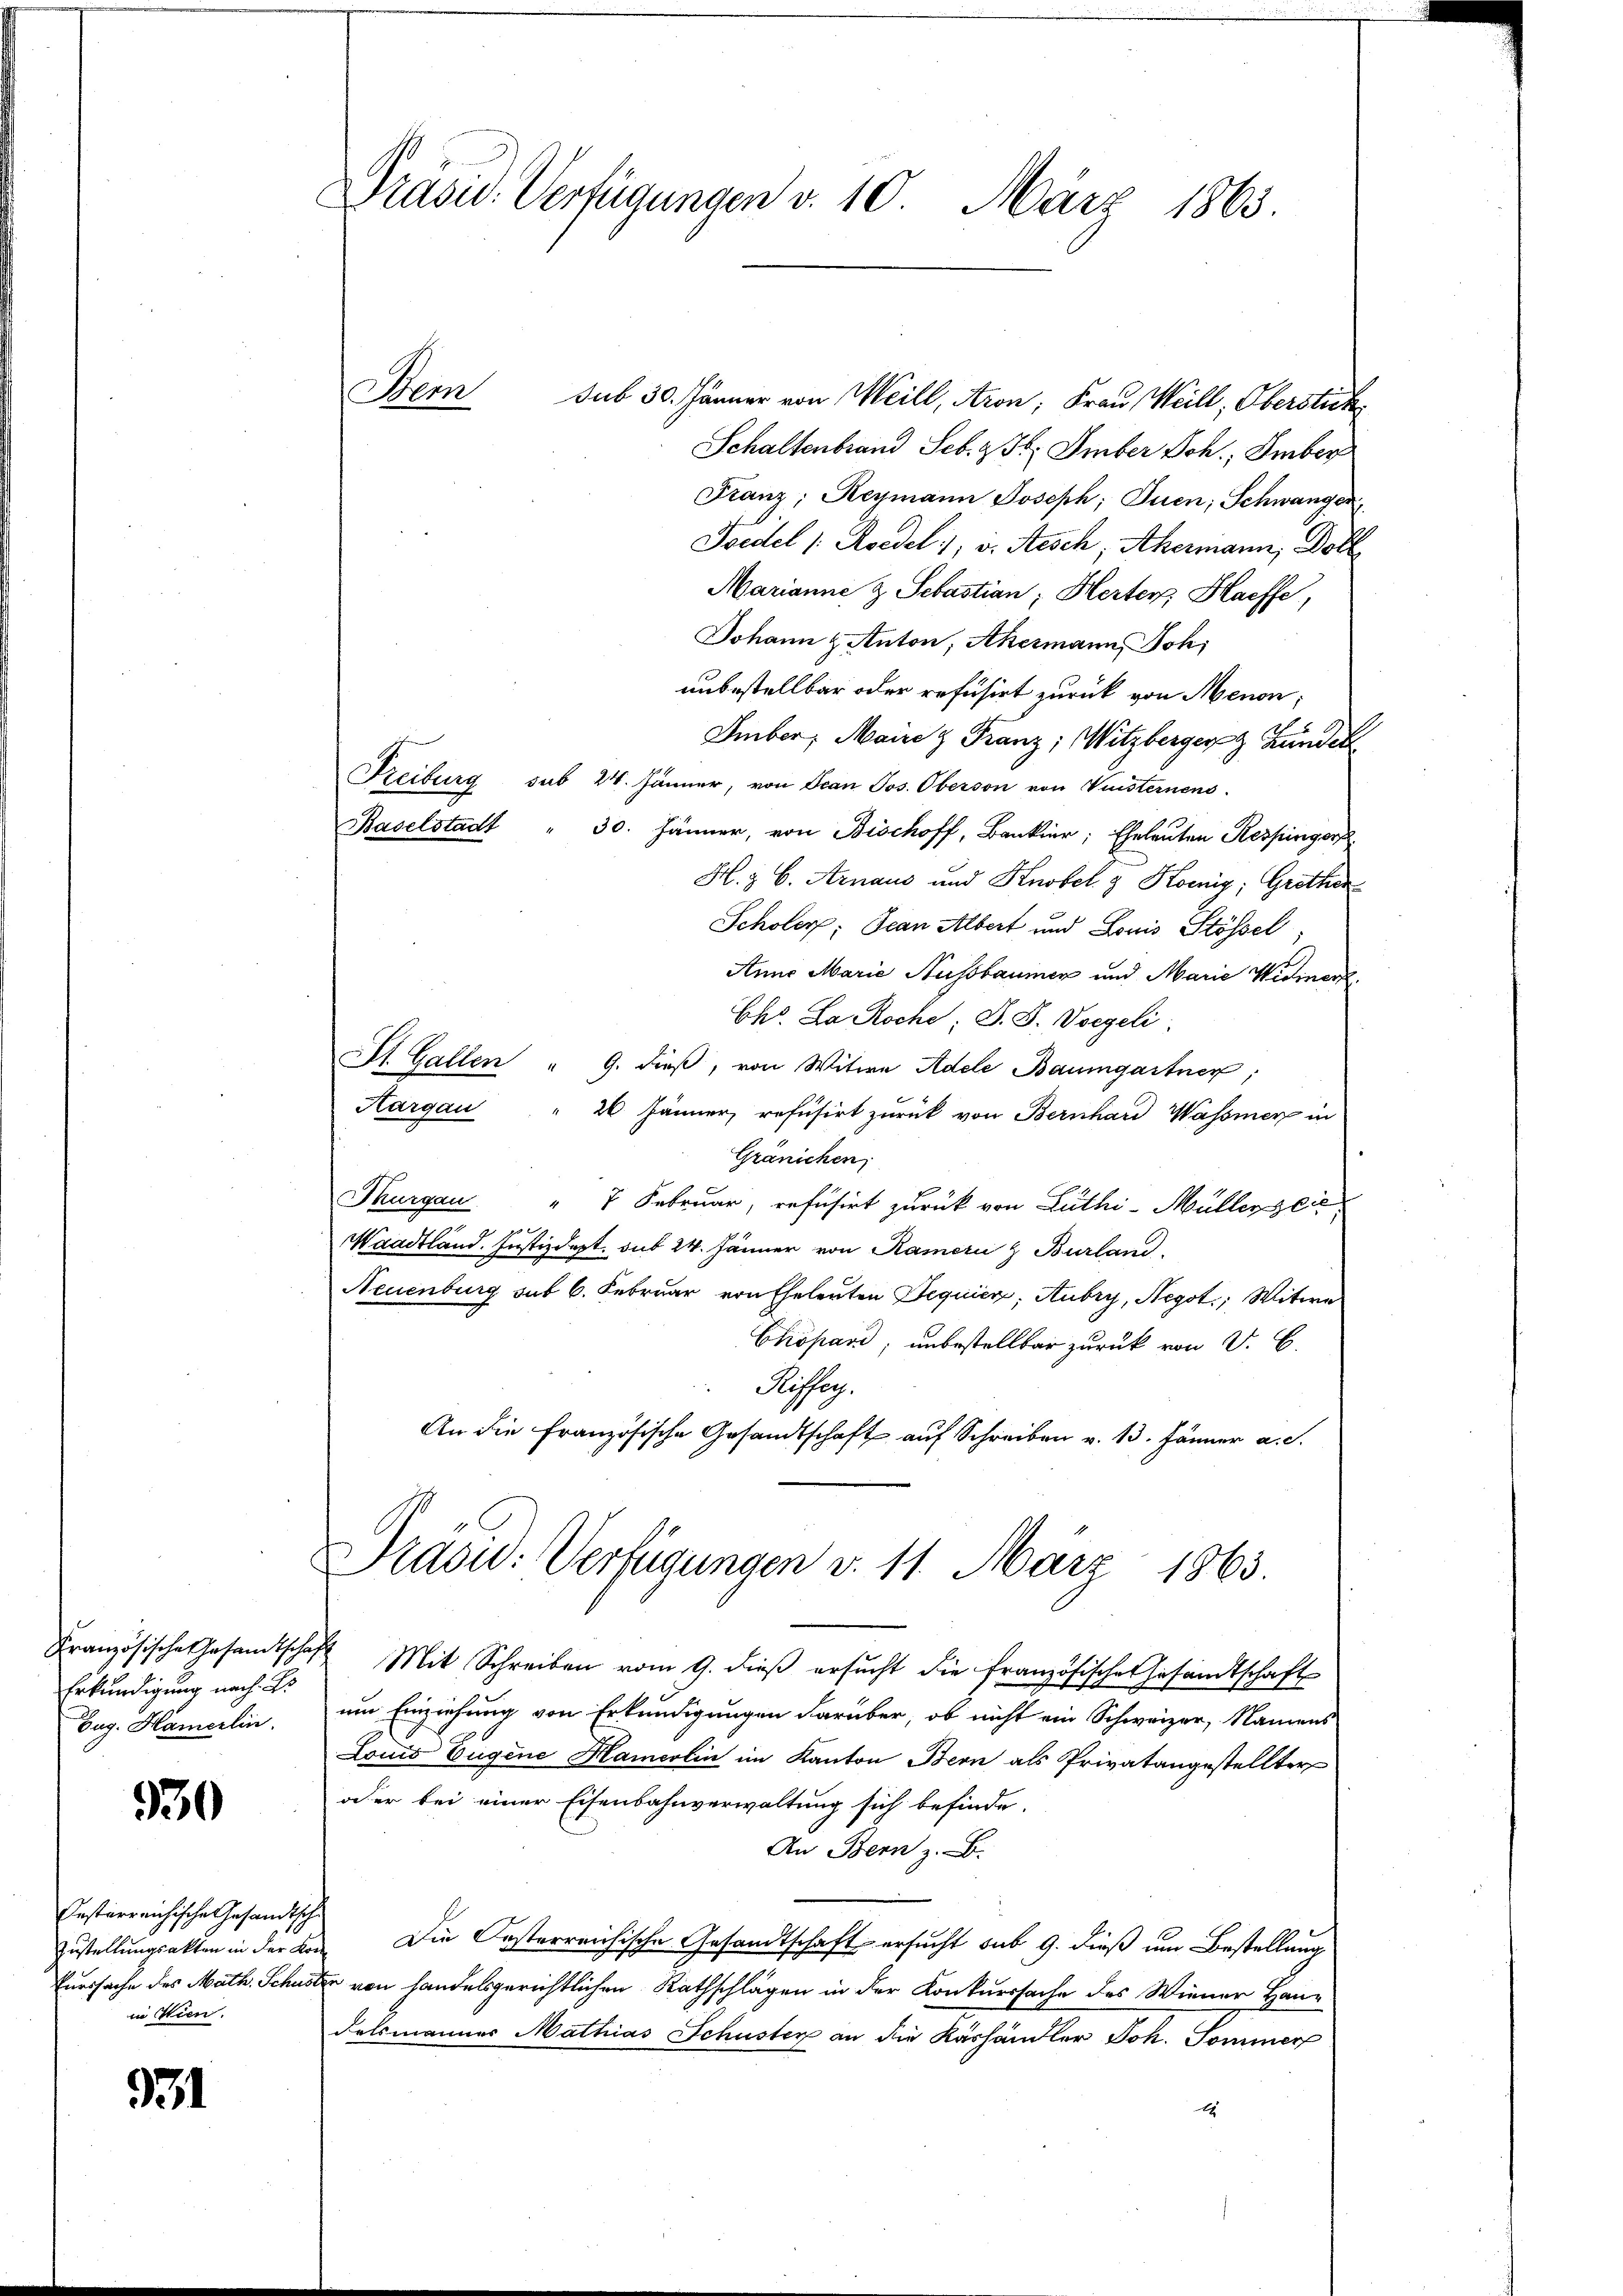
Erkundigung nach B
Zug. Hamerlin.

930

Oesterreichische Gesandtsche
Zustellungsakten in der Kon
Einersache des Math. Schuse
in Wien.

931

Präsid. Verfügungen v. 10. März 1865.

Bern sub 30. Jänner von Meill, Aron; Frau Weill, Oberstick
Schaltenbrand Seb. 236. Imber Joh.; Imber
Franz; Reymann Joseph, Juen; Schwanger
Joedel (Roedel, v. Aesch, Akermann, Doll
Marianne & Sebastian, Herter, Haeffe,
Johann & Anton, Akermann, Joh.
unbestellbar oder refusirt zurück von Menon;
Ember, Maire & Franz; Witzberger & Hundel
Reiburg sub 24. Jänner, von Jean Jos. Oberson von Vuisternens
Baselstadt " 30. Jänner, von Bischoff, Bankier; Eheleuten Respingerp
H. z. B. Arnaus und Knobel & Komig; Grother
Scholer; Jean Albert und Louis Stössel,
Anna Marie Aussbaumer und Marie Widmer
Chr. La Roche; S. S. Vorgeli
Af. Gallen " G. dieß, von Witwe Adele Baumgartner,
Aargau " 20 Jänner, refüsirt zurück von Bernhard Wasser in
Gränichen
Thurgau " 7 Februar, refusirt zurück von Lüthi-Müllerzei
ge
Waadtland. Justizdept. sub 24. Jänner von Kamern & Burland
Neuenburg sub 6. Februar von Eheleuten Dequier, Aubry, Negot., Witwe
Chöpard, unbestellbar zurück von V. C.
Reser
An die französische Gesandtschaft auf Schreiben v. 13. Jänner a. c.
& Prasid: Verfügungen v. 11. März 1863.
Französische Gesamtsche Mit Schreiben vom 9. dieβ ersŭcht die französisches Gesandtschaft
um Einziehung von Erkundigungen darüber, ob nicht ein Schweizer, Namens
Louis Eugene Hamerlin im Kanton Bern als Privatangestellter
oder bei einer Eisenbahnverwaltung sich befinde.
An Bern z. B.
Die Oesterreichische Gesandtschaft ersucht sub 9. dieß um Bestellung
Er von handelsgerichtlichen Rathschlägen in der Konkurssache des Wiener Haudelsmannes Mathias Schuster an die Käshändler Joh. Sommer